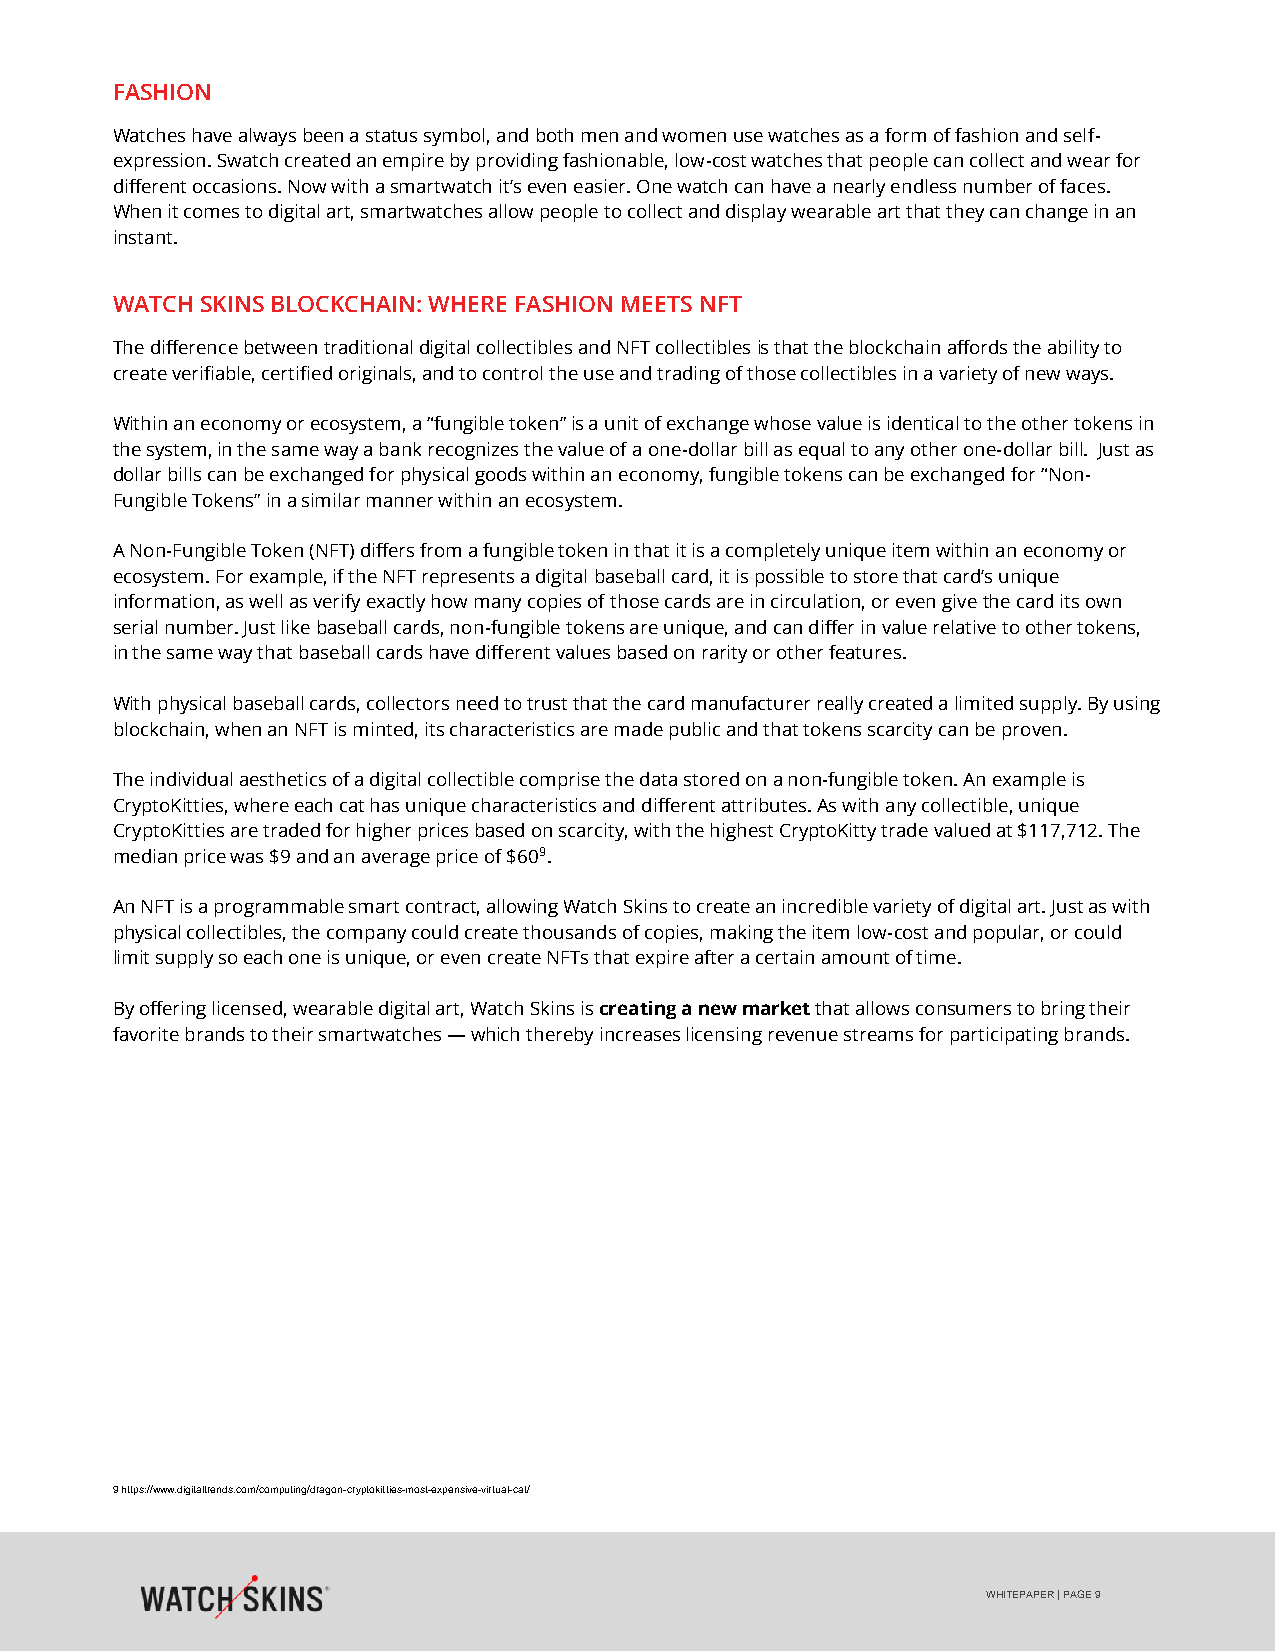
FASHION
 Watches have always been a status symbol, and both men and women use watches as a form of fashion and self-
 expression. Swatch created an empire by providing fashionable, low-cost watches that people can collect and wear for
 different occasions. Now with a smartwatch it’s even easier. One watch can have a nearly endless number of faces.
 When it comes to digital art, smartwatches allow people to collect and display wearable art that they can change in an
 instant.
 WATCH SKINS BLOCKCHAIN: WHERE FASHION MEETS NFT
 The difference between traditional digital collectibles and NFT collectibles is that the blockchain affords the ability to
 create verifiable, certified originals, and to control the use and trading of those collectibles in a variety of new ways.
 Within an economy or ecosystem, a “fungible token” is a unit of exchange whose value is identical to the other tokens in
 the system, in the same way a bank recognizes the value of a one-dollar bill as equal to any other one-dollar bill. Just as
 dollar bills can be exchanged for physical goods within an economy, fungible tokens can be exchanged for “Non-
 Fungible Tokens” in a similar manner within an ecosystem.
 A Non-Fungible Token (NFT) differs from a fungible token in that it is a completely unique item within an economy or
 ecosystem. For example, if the NFT represents a digital baseball card, it is possible to store that card’s unique
 information, as well as verify exactly how many copies of those cards are in circulation, or even give the card its own
 serial number. Just like baseball cards, non-fungible tokens are unique, and can differ in value relative to other tokens,
 in the same way that baseball cards have different values based on rarity or other features.
 With physical baseball cards, collectors need to trust that the card manufacturer really created a limited supply. By using
 blockchain, when an NFT is minted, its characteristics are made public and that tokens scarcity can be proven.
 The individual aesthetics of a digital collectible comprise the data stored on a non-fungible token. An example is
 CryptoKitties, where each cat has unique characteristics and different attributes. As with any collectible, unique
 CryptoKitties are traded for higher prices based on scarcity, with the highest CryptoKitty trade valued at $117,712. The
 median price was $9 and an average price of $609.
 An NFT is a programmable smart contract, allowing Watch Skins to create an incredible variety of digital art. Just as with
 physical collectibles, the company could create thousands of copies, making the item low-cost and popular, or could
 limit supply so each one is unique, or even create NFTs that expire after a certain amount of time.
 By offering licensed, wearable digital art, Watch Skins is creating a new market that allows consumers to bring their
 favorite brands to their smartwatches — which thereby increases licensing revenue streams for participating brands.
 9 https://www.digitaltrends.com/computing/dragon-cryptokitties-most-expensive-virtual-cat/
 WHITEPAPER | PAGE 9